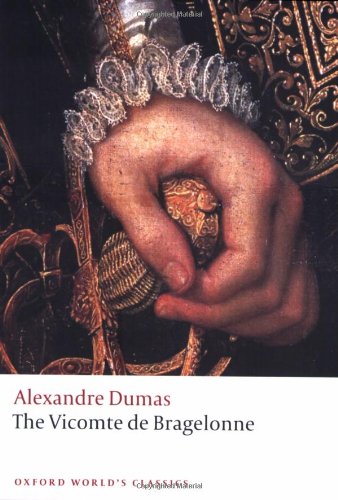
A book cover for The Vicomte de Bragelonne (Oxford World's Classics); Alexandre Dumas; Literature & Fiction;